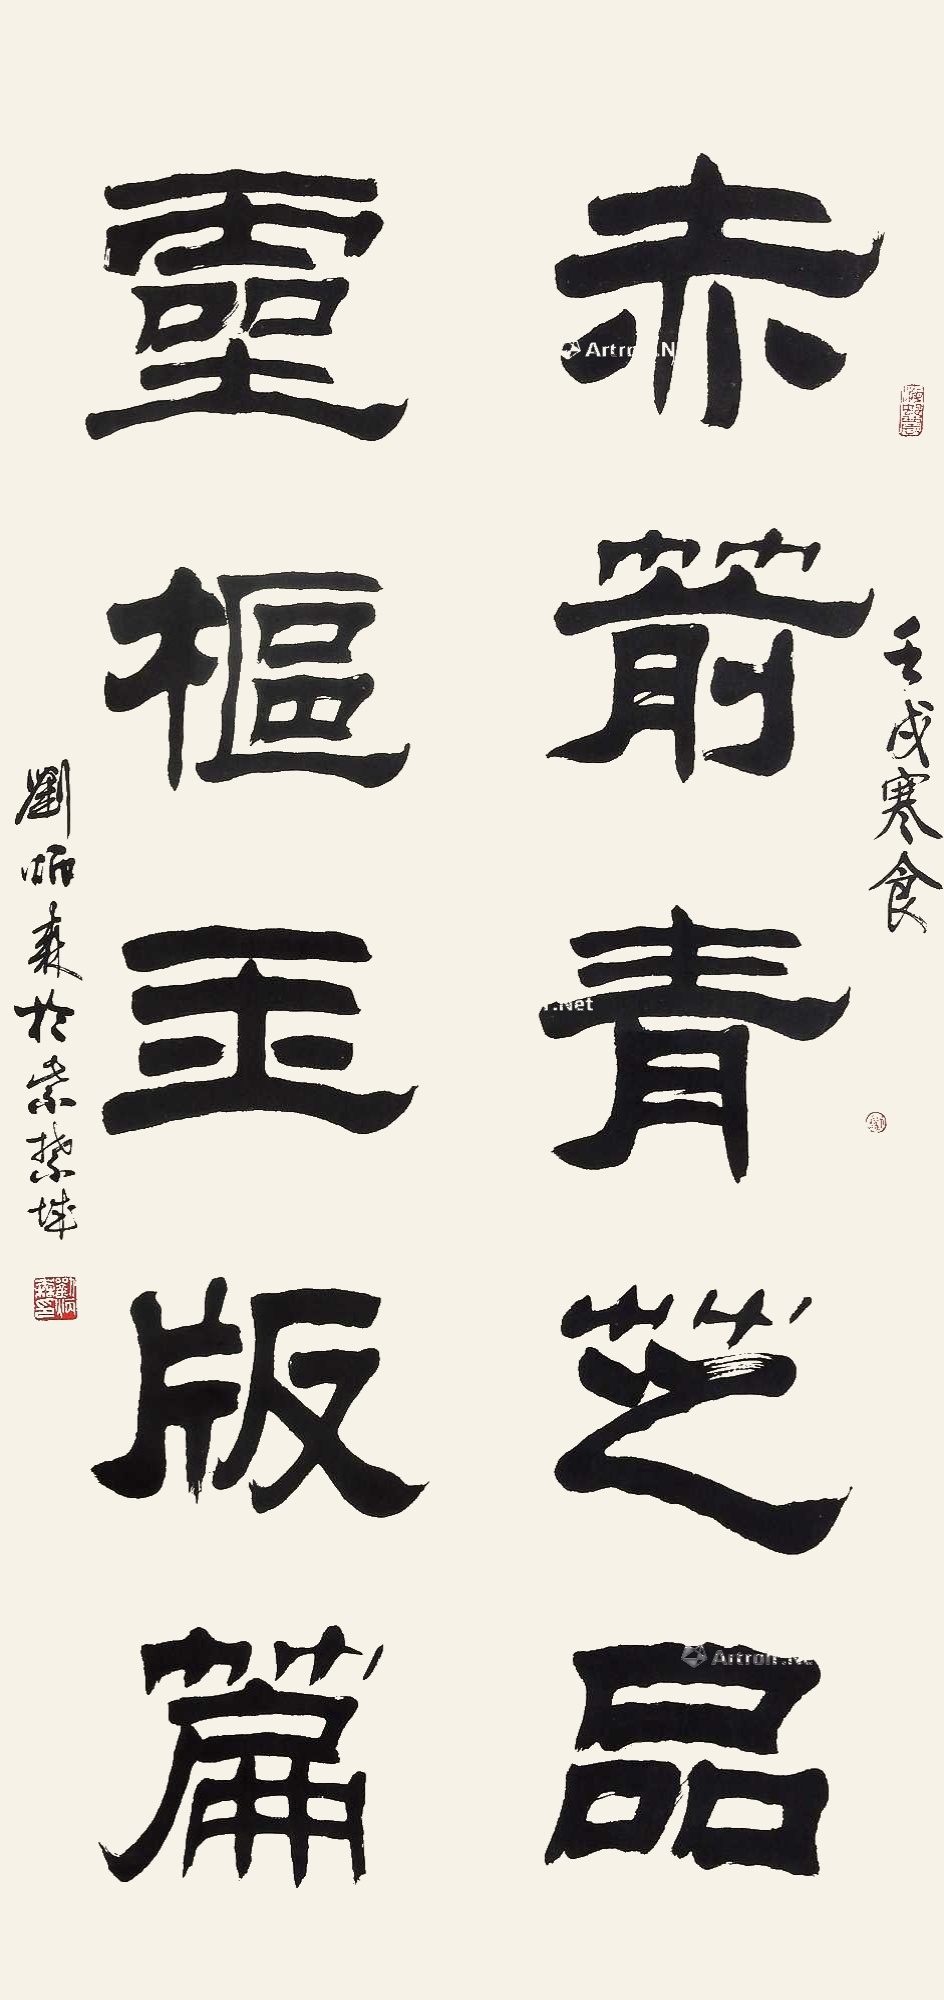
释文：赤箭青芝品，灵枢玉版篇。壬戌寒食，刘炳森于紫禁城。